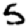
Digit: 5